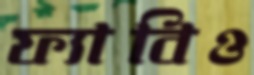
ফ্যাবিও